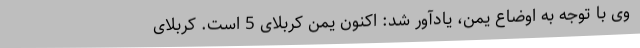
‌ وی با توجه به اوضاع یمن، یادآور شد: اکنون یمن کربلای 5 است. کربلای